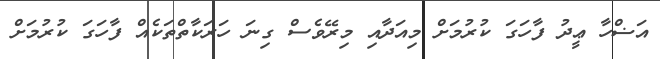
އަޟްހާ ޢީދު ފާހަގަ ކުރުމަށް މިއަދާއި މިރޭވެސް ގިނަ ހަރަކާތްތަކެއް ފާހަގަ ކުރުމަށް